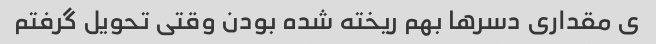
ی مقداری دسر‌ها بهم ریخته شده بودن وقتی تحویل گرفتم